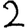
Digit: 2